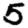
Digit: 5